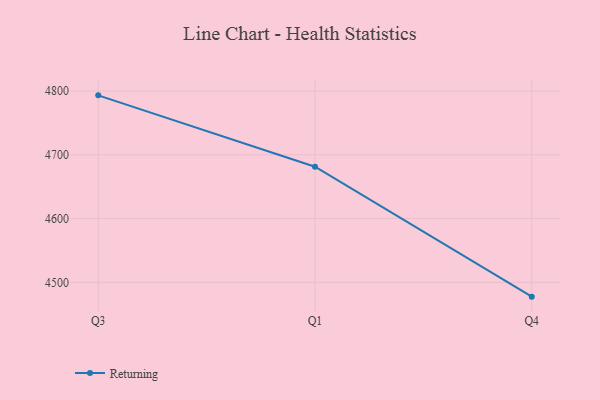
{"axis": {"x": "Quarter", "y": "Active Users"}, "legend": ["Returning"], "data": [{"x": "Q3", "y": 4793.2, "type": "Returning"}, {"x": "Q1", "y": 4681.3, "type": "Returning"}, {"x": "Q4", "y": 4477.5, "type": "Returning"}]}